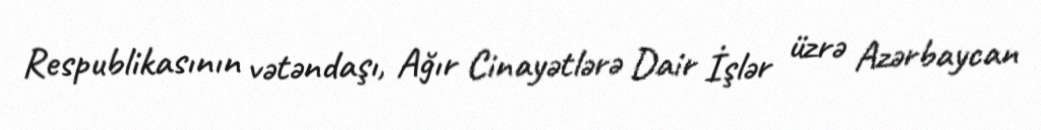
Respublikasının vətəndaşı, Ağır Cinayətlərə Dair İşlər üzrə Azərbaycan